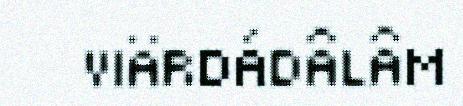
VIÄRDÁDÂLÂM